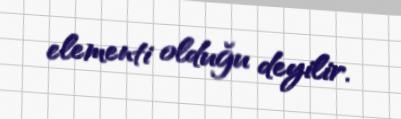
elementi olduğu deyilir.